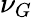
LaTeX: \nu_{G}